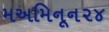
મઅમિનૂન૨૪